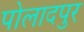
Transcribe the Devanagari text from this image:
पोलादपुर